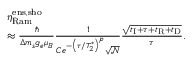
\begin{array} { r l } & { \eta _ { \mathrm { R a m } } ^ { \mathrm { e n s , s h o } } } \\ & { \approx \frac { \hbar } { \Delta m _ { s } g _ { e } \mu _ { B } } \frac { 1 } { C e ^ { - \left( \tau / T _ { 2 } ^ { * } \right) ^ { p } } \sqrt { \mathscr { N } } } \frac { \sqrt { t _ { \mathrm { I } } + \tau + t _ { \mathrm { R } } + t _ { \mathrm { D } } } } { \tau } . } \end{array}